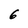
Character: 6